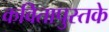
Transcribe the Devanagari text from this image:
कवितापुस्तके